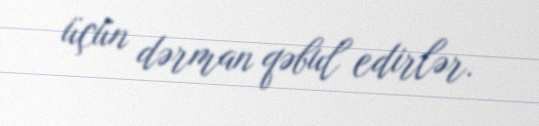
üçün dərman qəbul edirlər.